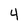
Character: 4